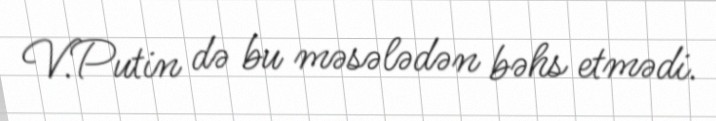
V.Putin də bu məsələdən bəhs etmədi.